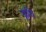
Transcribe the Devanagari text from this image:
व्रुधि